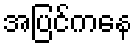
အပြင်ကနေ